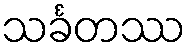
သင်္ခတဿ